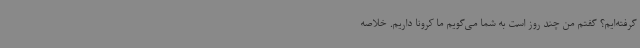
گرفته‌ایم؟ گفتم من چند روز است به شما می‌گویم ما کرونا داریم. خلاصه